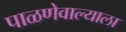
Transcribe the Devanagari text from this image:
पाळणेवाल्याला